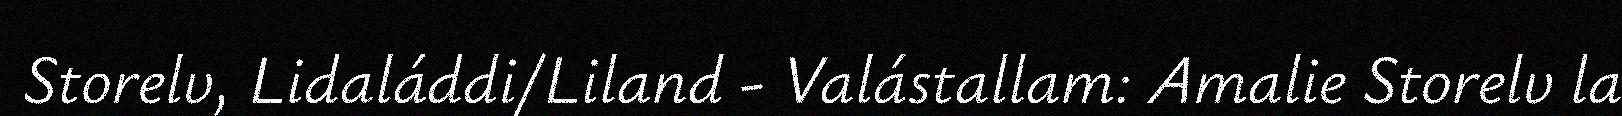
Storelv, Lidaláddi/Liland - Valástallam: Amalie Storelv la